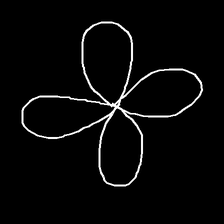
Glyph: billowing